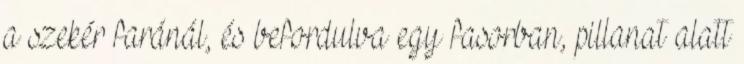
a szekér faránál, és befordulva egy fasorban, pillanat alatt